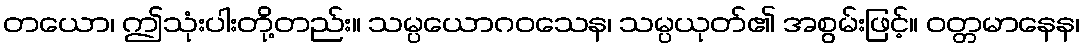
တယော၊ ဤသုံးပါးတို့တည်း။ သမ္ပယောဂဝသေန၊ သမ္ပယုတ်၏ အစွမ်းဖြင့်။ ဝတ္တမာနေန၊